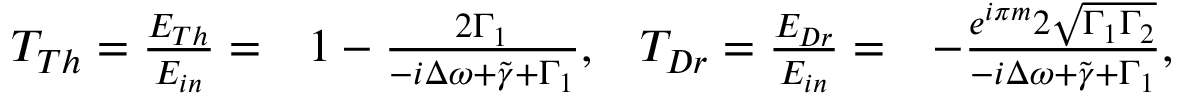
\begin{array} { r l r l } { T _ { T h } = \frac { E _ { T h } } { E _ { i n } } = } & { 1 - \frac { 2 \Gamma _ { 1 } } { - i \Delta \omega + \tilde { \gamma } + \Gamma _ { 1 } } , } & { T _ { D r } = \frac { E _ { D r } } { E _ { i n } } = } & { - \frac { e ^ { i \pi m } 2 \sqrt { \Gamma _ { 1 } \Gamma _ { 2 } } } { - i \Delta \omega + \tilde { \gamma } + \Gamma _ { 1 } } , } \end{array}